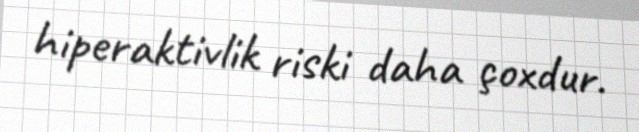
hiperaktivlik riski daha çoxdur.